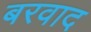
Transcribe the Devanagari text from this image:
बरवाद